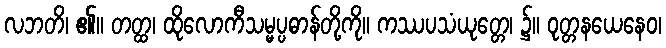
လဘတိ၊ ၏။ တတ္ထ၊ ထိုလောကီသမ္မပ္ပဓာန်တို့ကို။ ကဿပသံယုတ္တေ၊ ၌။ ဝုတ္တနယေနေဝ၊